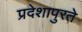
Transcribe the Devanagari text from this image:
प्रदेशापुरते